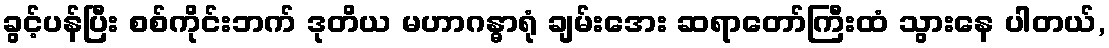
ခွင့်ပန်ပြီး စစ်ကိုင်းဘက် ဒုတိယ မဟာဂန္ဓာရုံ ချမ်းအေး ဆရာတော်ကြီးထံ သွားနေ ပါတယ်,